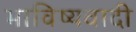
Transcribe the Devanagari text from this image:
भाविष्यवादी